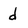
Character: d